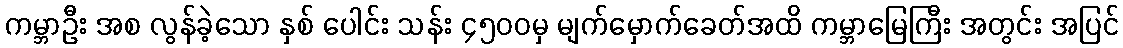
ကမ္ဘာဦး အစ လွန်ခဲ့သော နှစ် ပေါင်း သန်း ၄၅၀၀မှ မျက်မှောက်ခေတ်အထိ ကမ္ဘာမြေကြီး အတွင်း အပြင်